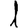
Digit: 1